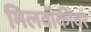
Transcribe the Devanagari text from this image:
मिलवॉकीवर